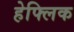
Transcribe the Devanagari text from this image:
हेफ्लिक